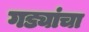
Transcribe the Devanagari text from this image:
गड्यांचा